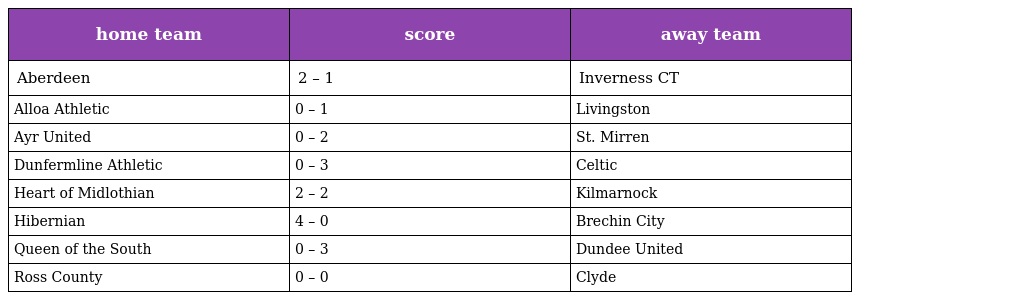
| home team | score | away team |
 | --- | --- | --- |
 | Aberdeen | 2 – 1 | Inverness CT |
 | Alloa Athletic | 0 – 1 | Livingston |
 | Ayr United | 0 – 2 | St. Mirren |
 | Dunfermline Athletic | 0 – 3 | Celtic |
 | Heart of Midlothian | 2 – 2 | Kilmarnock |
 | Hibernian | 4 – 0 | Brechin City |
 | Queen of the South | 0 – 3 | Dundee United |
 | Ross County | 0 – 0 | Clyde |